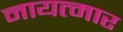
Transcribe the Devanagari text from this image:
नायत्मार